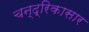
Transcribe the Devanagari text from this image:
चन्द्रिकासार